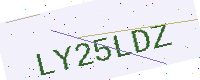
Text: LY25LDZ